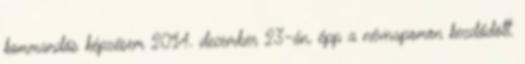
kommandós képzésem 2014. december 23-án, épp a névnapomon kezdődött.